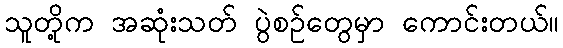
သူတို့က အဆုံးသတ် ပွဲစဉ်တွေမှာ ကောင်းတယ်။